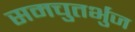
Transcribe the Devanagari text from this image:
समचुतर्भुज